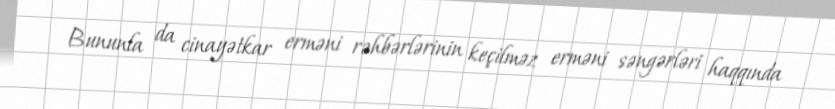
Bununla da cinayətkar erməni rəhbərlərinin keçilməz erməni səngərləri haqqında